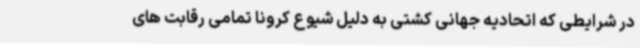
در شرایطی که اتحادیه جهانی کشتی به دلیل شیوع کرونا تمامی رقابت های